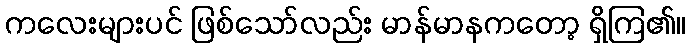
ကလေးများပင် ဖြစ်သော်လည်း မာန်မာနကတော့ ရှိကြ၏။